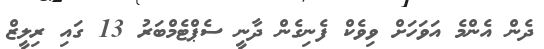
ދެން އެންމެ އަވަހަށް ވިވެކް ފެނިގެން ދާނީ ސެޕްޓެމްބަރު 13 ގައި ރިލީޒް